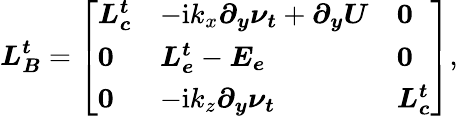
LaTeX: \boldsymbol{L_{B}^{t}}=\left[\begin{array}{lll}{\boldsymbol{L_{c}^{t}}}&{-\mathrm{i}k_{x}\boldsymbol{\partial_{y}\nu_{t}}+\boldsymbol{\partial_{y}U}}&{\boldsymbol{0}}\\ {\boldsymbol{0}}&{\boldsymbol{L_{e}^{t}}-\boldsymbol{E_{e}}}&{\boldsymbol{0}}\\ {\boldsymbol{0}}&{-\mathrm{i}k_{z}\boldsymbol{\partial_{y}\nu_{t}}}&{\boldsymbol{L_{c}^{t}}}\end{array}\right],